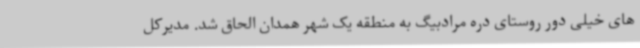
های خیلی دور روستای دره مرادبیگ به منطقه یک شهر همدان الحاق شد. مدیرکل